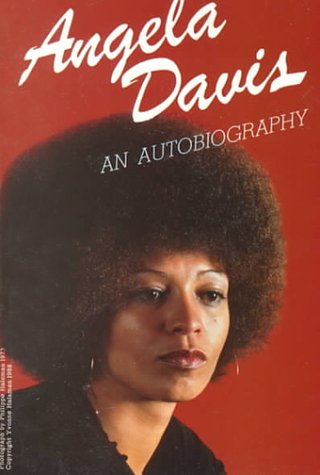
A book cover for Angela Davis: An Autobiography; Angela Y. Davis; Biographies & Memoirs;